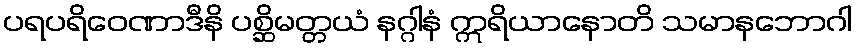
ပရပရိဝေဏာဒီနိ ပစ္ဆိမတ္တယံ နဂ္ဂါနံ ဣရိယာနောတိ သမာနဘောဂါ